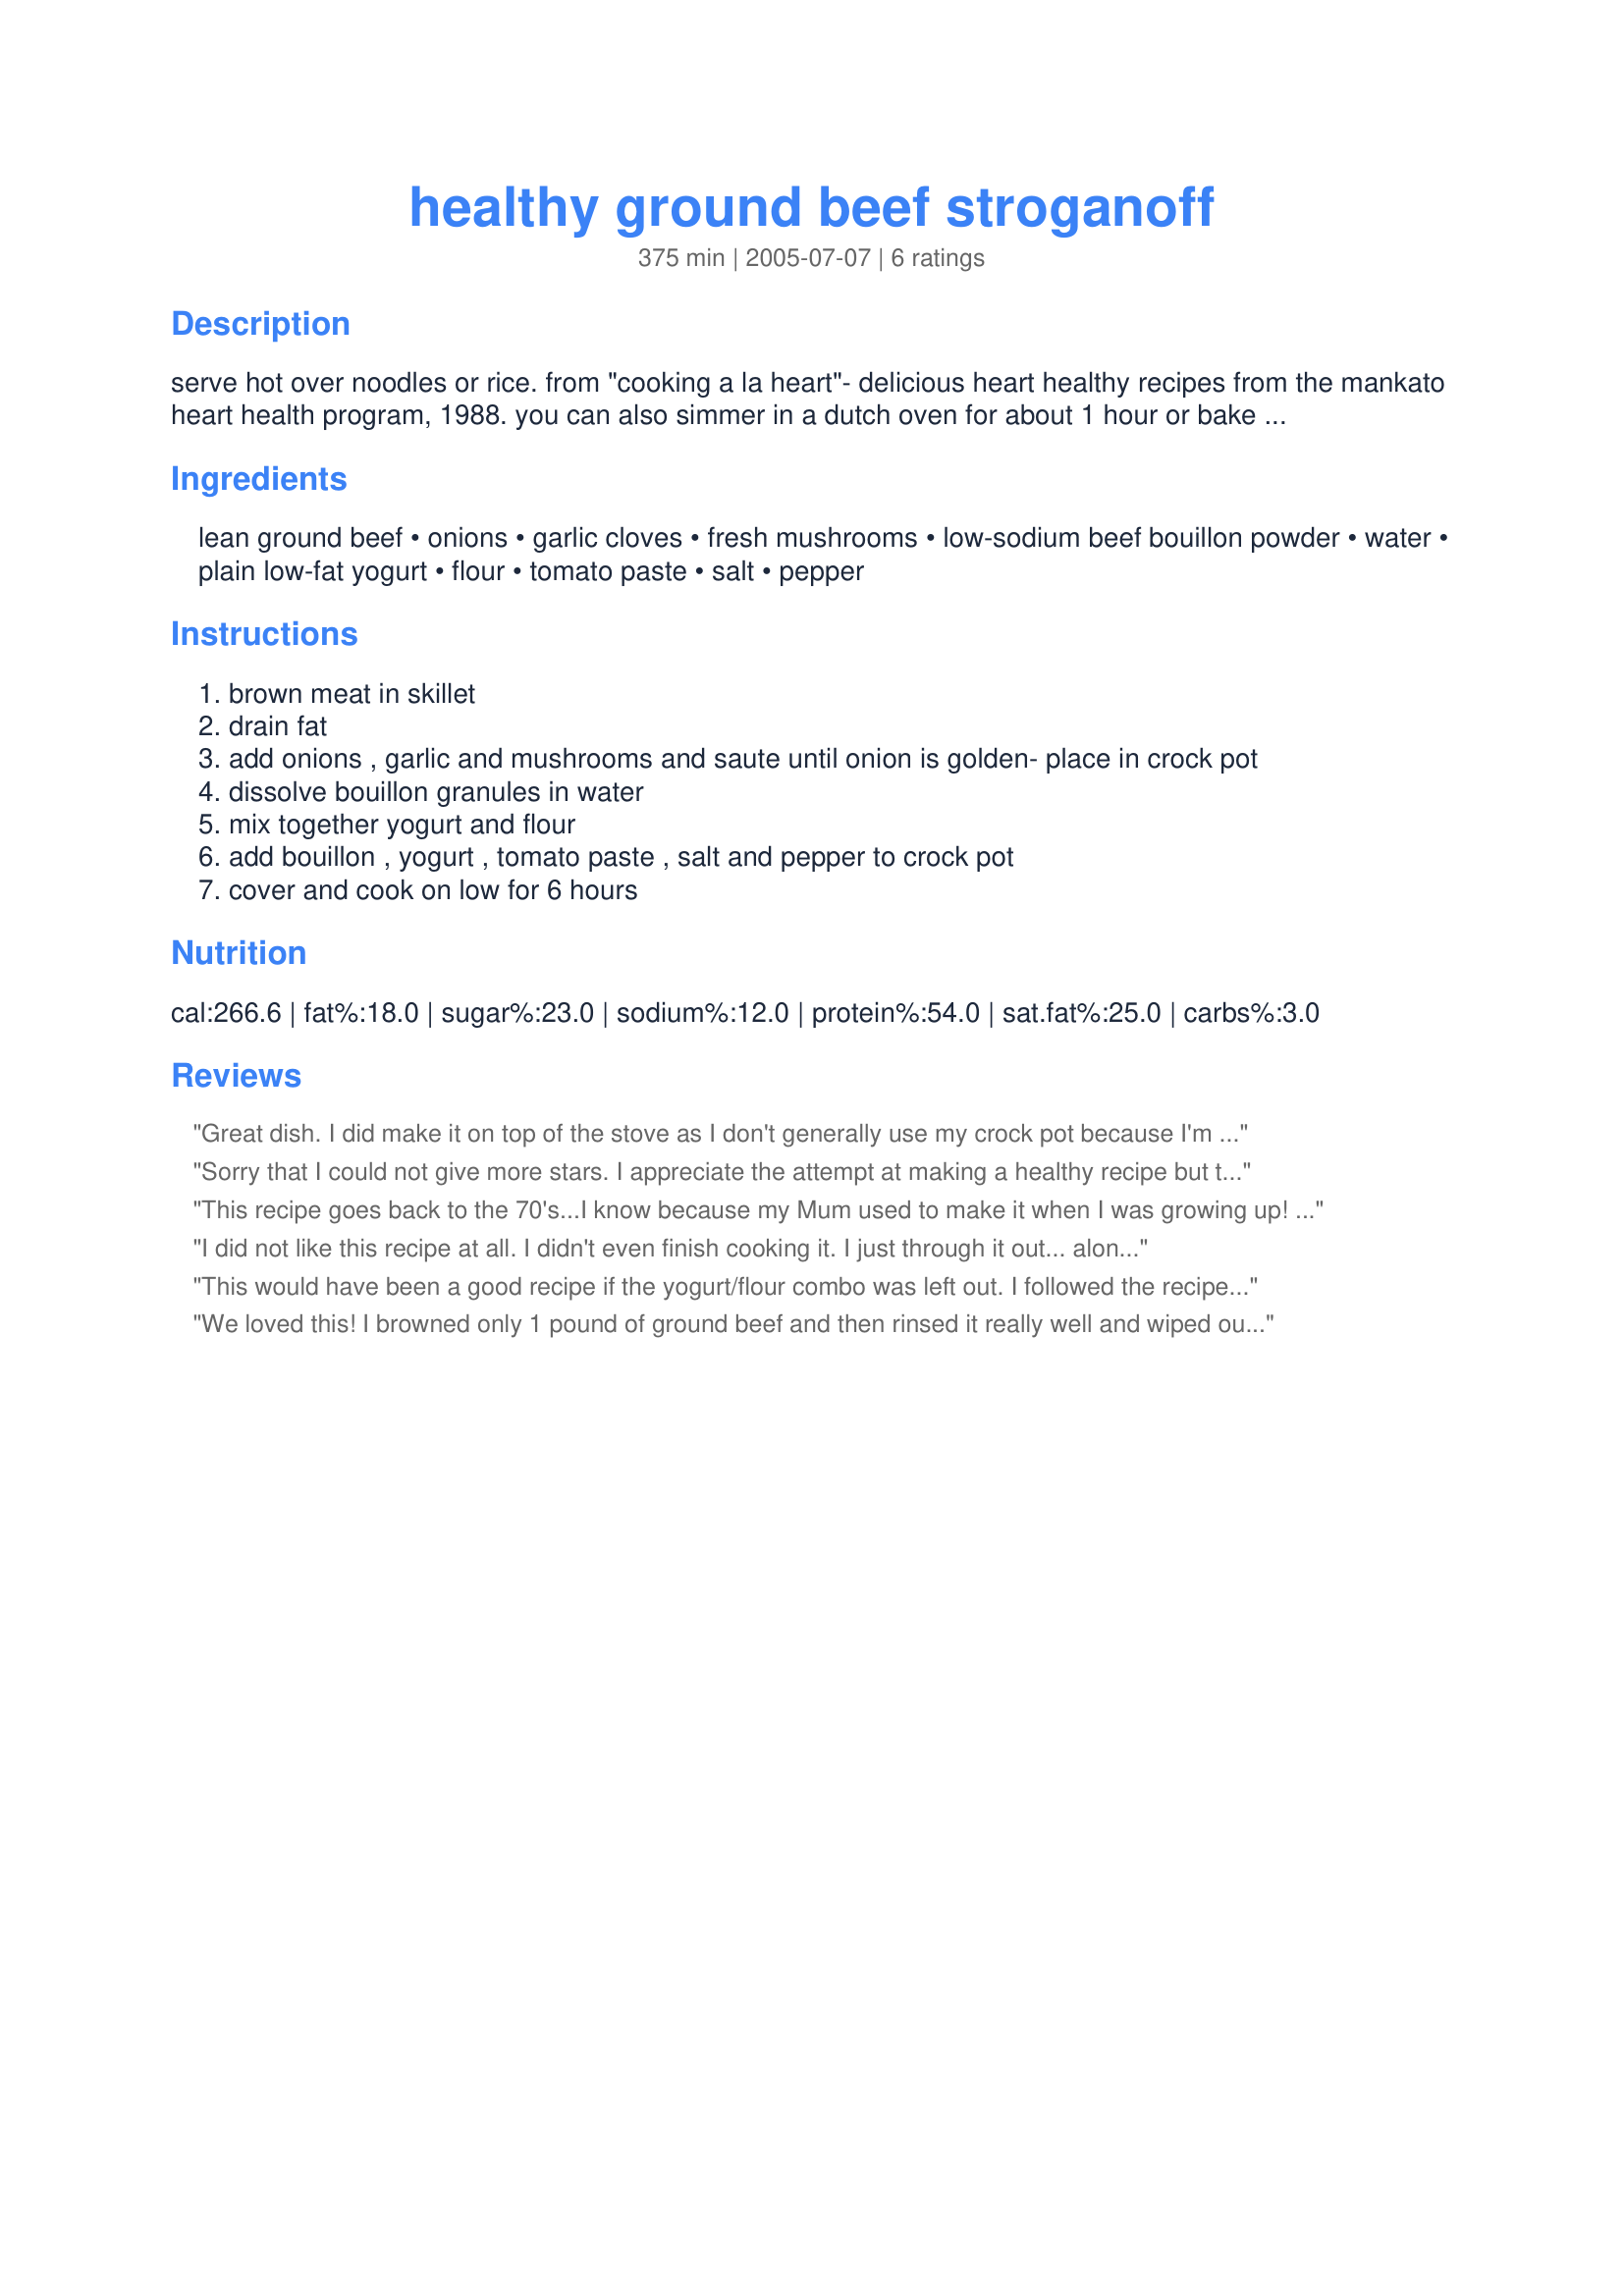
healthy ground beef stroganoff
Preparation time: 375 minutes

serve hot over noodles or rice. from "cooking a la heart"- delicious heart healthy recipes from the mankato heart health program, 1988. you can also simmer in a dutch oven for about 1 hour or bake at 350 degrees for 1 hour if you are short on time!

Ingredients:
lean ground beef, onions, garlic cloves, fresh mushrooms, low-sodium beef bouillon powder, water, plain low-fat yogurt, flour, tomato paste, salt, pepper

Steps:
brown meat in skillet
drain fat
add onions , garlic and mushrooms and saute until onion is golden- place in crock pot
dissolve bouillon granules in water
mix together yogurt and flour
add bouillon , yogurt , tomato paste , salt and pepper to crock pot
cover and cook on low for 6 hours

Reviews:
Great dish. I did make it on top of the stove as I don't generally use my crock pot because I'm gone from home longer than 10 hours a day during the work week. Other than cooking it on top of the stove the other change that I made was to use onions instead of mushrooms (I'm allergic to them). Served over noodles with green beans. Thanks for posting this Bec! Made for Healthy Choices ABC Tag.
Sorry that I could not give more stars. I appreciate the attempt at making a healthy recipe but this technique just didn't work for me. I did change a few things, but they were not things that would have changed the outcome. I used 1 pound of steak cut into strips. It seemed plenty and I kept all the other sauce ratio the same and there was plenty of meat. (2 lbs of ground beef would certainly make it meaty!) The things that didn't work: 1) the tomato paste. My family never added it to stroganoff and I didn't think I would like it. I was right. Others may be used to it this way and may like this recipe. I found however, that the yogurt did not end up smooth. Mine was lowfat and it was somewhat grainy. I think I will keep looking for a recipe that works better for my family. I'm definitely going to avoid tomato products and not add the cream/yogurt until the last few minutes of cooking.
This recipe goes back to the 70's...I know because my Mum used to make it when I was growing up! I had a hankering for it this week and wondered if I could find a recipe! Thanks Bec! Loved it!
I did not like this recipe at all. I didn't even finish cooking it. I just through it out... along with the 15 dollars it took to make it.
This would have been a good recipe if the yogurt/flour combo was left out. I followed the recipe and got a gross broken sauce that tasted like flour. I would skip that step, and mix in a big spoonful of sour cream before serving.
We loved this! I browned only 1 pound of ground beef and then rinsed it really well and wiped out the pan. Then I added the onions (1 huge and 1/2 a large that I found in the fridge) and a few more mushrooms then called for to clean out my crisper drawer! As it went into the crock pot I added 1 bag of soy crumbles to make up the other pound of beef. I did not have granular bouillon so I used 2 cubes in 1 cup boiling water. Into the yogurt I added white bean flour instead of regular and that worked fine. I did let mine cook closer to 10 hours which was a bit long. Not bad, just starting to harden on the top. Served this over whole wheat egg noodles for an easy stick to your ribs dinner. The fruit salad I served along with it was a nice cold foil to the hot. This will be an excellent winter meal that is also healthy. Thanks!
